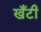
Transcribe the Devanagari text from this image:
खँटी